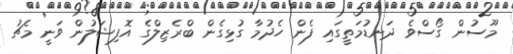
މޫސުން ގޯސްވެ ދަނޑުމަތީގައި ފެން ހެދުމާ ގުޅިގެން ބްރެޒިލްގެ އޮފިޝަލުން ވަނީ މެޗު